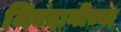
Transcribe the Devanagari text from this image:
जिवदानीच्या